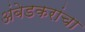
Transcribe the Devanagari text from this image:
अंबेडकरांचा